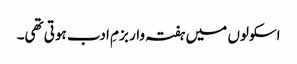
اسکولوں میں ہفتہ وار بزمِ ادب ہوتی تھی۔